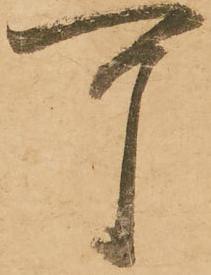
可